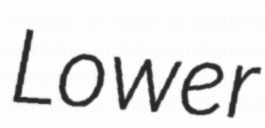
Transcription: Lower